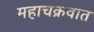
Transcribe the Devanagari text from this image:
महाचक्रवात